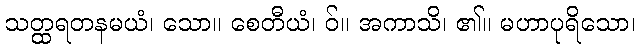
သတ္ထရတနမယံ၊ သော။ စေတီယံ၊ ဝ်။ အကာသိ၊ ၏။ မဟာပုရိသော၊